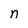
Character: n